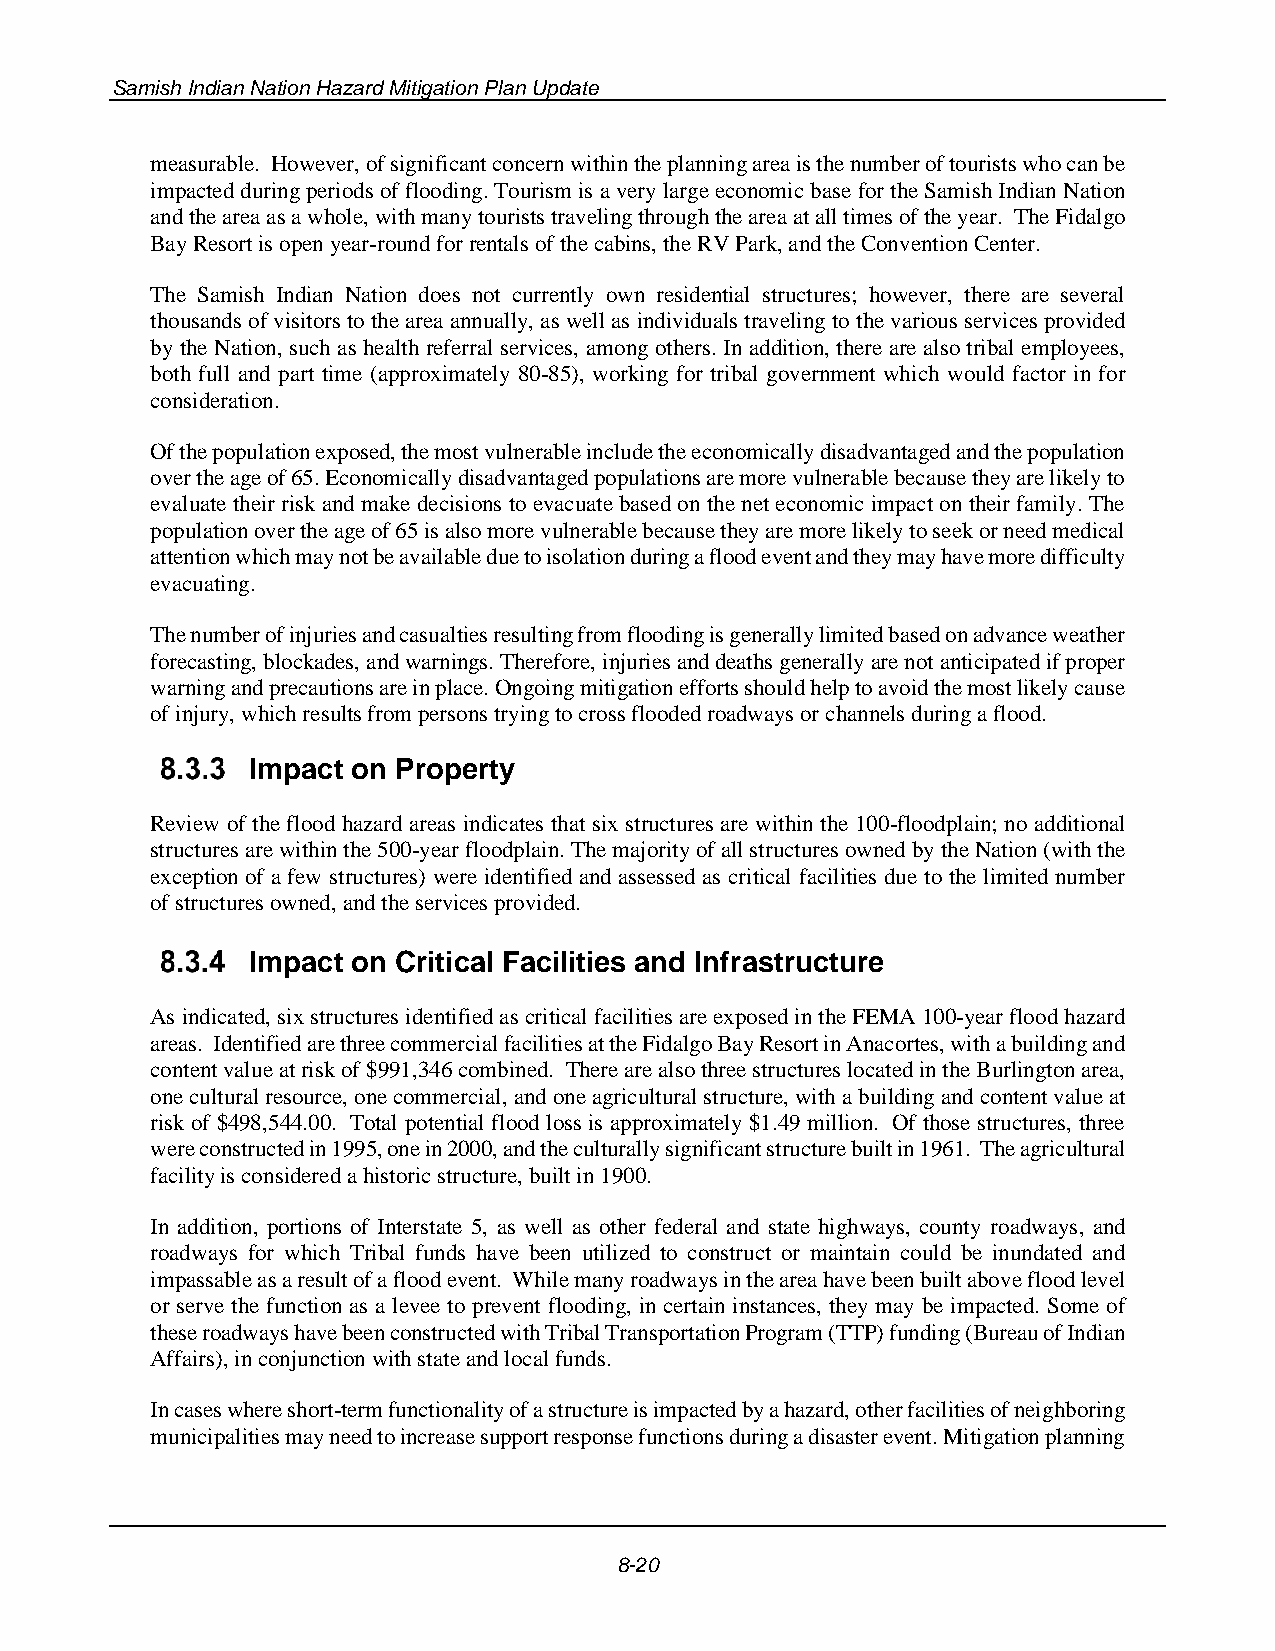
Samish Indian Nation Hazard Mitigation Plan Update
 measurable. However, of significant concern within the planning area is the number of tourists who can be
 impacted during periods of flooding. Tourism is a very large economic base for the Samish Indian Nation
 and the area as a whole, with many tourists traveling through the area at all times of the year. The Fidalgo
 Bay Resort is open year-round for rentals of the cabins, the RV Park, and the Convention Center.
 The Samish Indian Nation does not currently own residential structures; however, there are several
 thousands of visitors to the area annually, as well as individuals traveling to the various services provided
 by the Nation, such as health referral services, among others. In addition, there are also tribal employees,
 both full and part time (approximately 80-85), working for tribal government which would factor in for
 consideration.
 Of the population exposed, the most vulnerable include the economically disadvantaged and the population
 over the age of 65. Economically disadvantaged populations are more vulnerable because they are likely to
 evaluate their risk and make decisions to evacuate based on the net economic impact on their family. The
 population over the age of 65 is also more vulnerable because they are more likely to seek or need medical
 attention which may not be available due to isolation during a flood event and they may have more difficulty
 evacuating.
 The number of injuries and casualties resulting from flooding is generally limited based on advance weather
 forecasting, blockades, and warnings. Therefore, injuries and deaths generally are not anticipated if proper
 warning and precautions are in place. Ongoing mitigation efforts should help to avoid the most likely cause
 of injury, which results from persons trying to cross flooded roadways or channels during a flood.
 Impact on Property
 Review of the flood hazard areas indicates that six structures are within the 100-floodplain; no additional
 structures are within the 500-year floodplain. The majority of all structures owned by the Nation (with the
 exception of a few structures) were identified and assessed as critical facilities due to the limited number
 of structures owned, and the services provided.
 Impact on Critical Facilities and Infrastructure
 As indicated, six structures identified as critical facilities are exposed in the FEMA 100-year flood hazard
 areas. Identified are three commercial facilities at the Fidalgo Bay Resort in Anacortes, with a building and
 content value at risk of $991,346 combined. There are also three structures located in the Burlington area,
 one cultural resource, one commercial, and one agricultural structure, with a building and content value at
 risk of $498,544.00. Total potential flood loss is approximately $1.49 million. Of those structures, three
 were constructed in 1995, one in 2000, and the culturally significant structure built in 1961. The agricultural
 facility is considered a historic structure, built in 1900.
 In addition, portions of Interstate 5, as well as other federal and state highways, county roadways, and
 roadways for which Tribal funds have been utilized to construct or maintain could be inundated and
 impassable as a result of a flood event. While many roadways in the area have been built above flood level
 or serve the function as a levee to prevent flooding, in certain instances, they may be impacted. Some of
 these roadways have been constructed with Tribal Transportation Program (TTP) funding (Bureau of Indian
 Affairs), in conjunction with state and local funds.
 In cases where short-term functionality of a structure is impacted by a hazard, other facilities of neighboring
 municipalities may need to increase support response functions during a disaster event. Mitigation planning
 8-20